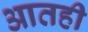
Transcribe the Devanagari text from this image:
आतही